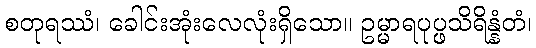
စတုရဿံ၊ ခေါင်းအုံးလေလုံးရှိသော။ ဥမ္မာရပုပ္ဖသိရိန္နံတံ၊